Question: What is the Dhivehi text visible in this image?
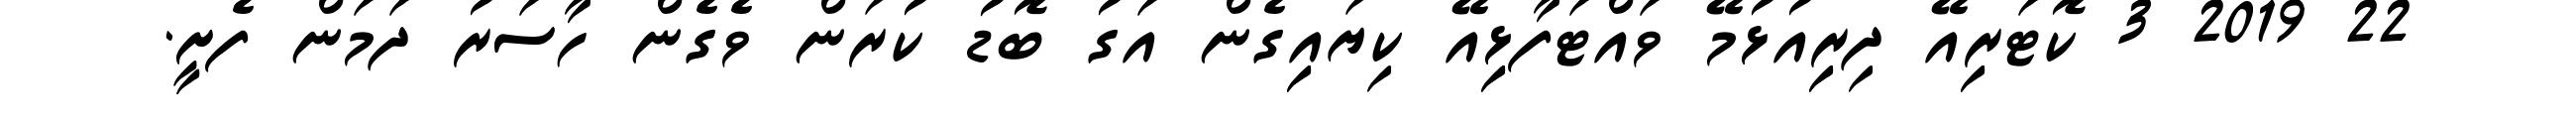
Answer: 22 2019 3 ކޮޓަރިިއޭ ދިރިިއުޅުމޭ ވައްޓަފާޅިިއޭ ކިޔައިިގެން އަގު ބޮޑު ކުރަން ވެގެން ހާސަރު ދަމަން ފެށީ.